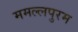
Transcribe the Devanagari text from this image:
ममल्लपुरम